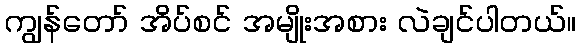
ကျွန်တော် အိပ်စင် အမျိုးအစား လဲချင်ပါတယ်။